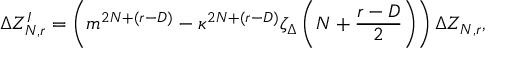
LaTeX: \Delta Z _ { N , r } ^ { I } = \left( m ^ { 2 N + ( r - D ) } - \kappa ^ { 2 N + ( r - D ) } \zeta _ { \Delta } \left( N + \frac { r - D } { 2 } \right) \right) \Delta Z _ { N , r } ,